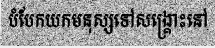
បំបែកយកមនុស្សទៅសង្គ្រោះនៅ